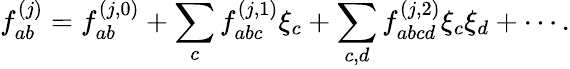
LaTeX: \mathcal{f}_{ab}^{(j)}=\mathcal{f}_{ab}^{(j,0)}+\sum_{c}\mathcal{f}_{abc}^{(j,1)}\xi_{c}+\sum_{c,d}\mathcal{f}_{abcd}^{(j,2)}\xi_{c}\xi_{d}+\cdots.